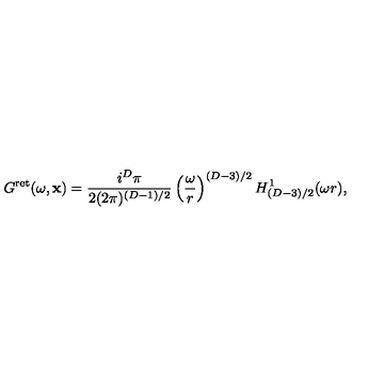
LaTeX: G ^ { \mathrm { r e t } } ( \omega , { \bf x } ) = \frac { i ^ { D } \pi } { 2 ( 2 \pi ) ^ { ( D - 1 ) / 2 } } \left( \frac { \omega } { r } \right) ^ { ( D - 3 ) / 2 } H _ { ( D - 3 ) / 2 } ^ { 1 } ( \omega r ) ,